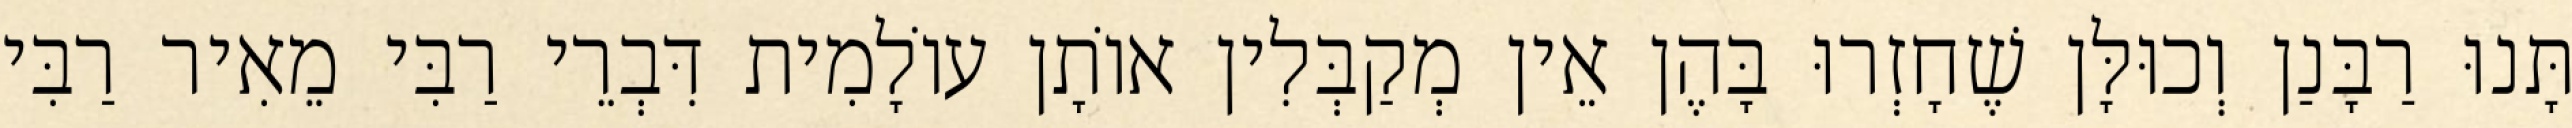
תָּנוּ רַבָּנַן וְכוּלָּן שֶׁחָזְרוּ בָּהֶן אֵין מְקַבְּלִין אוֹתָן עוֹלָמִית דִּבְרֵי רַבִּי מֵאִיר רַבִּי